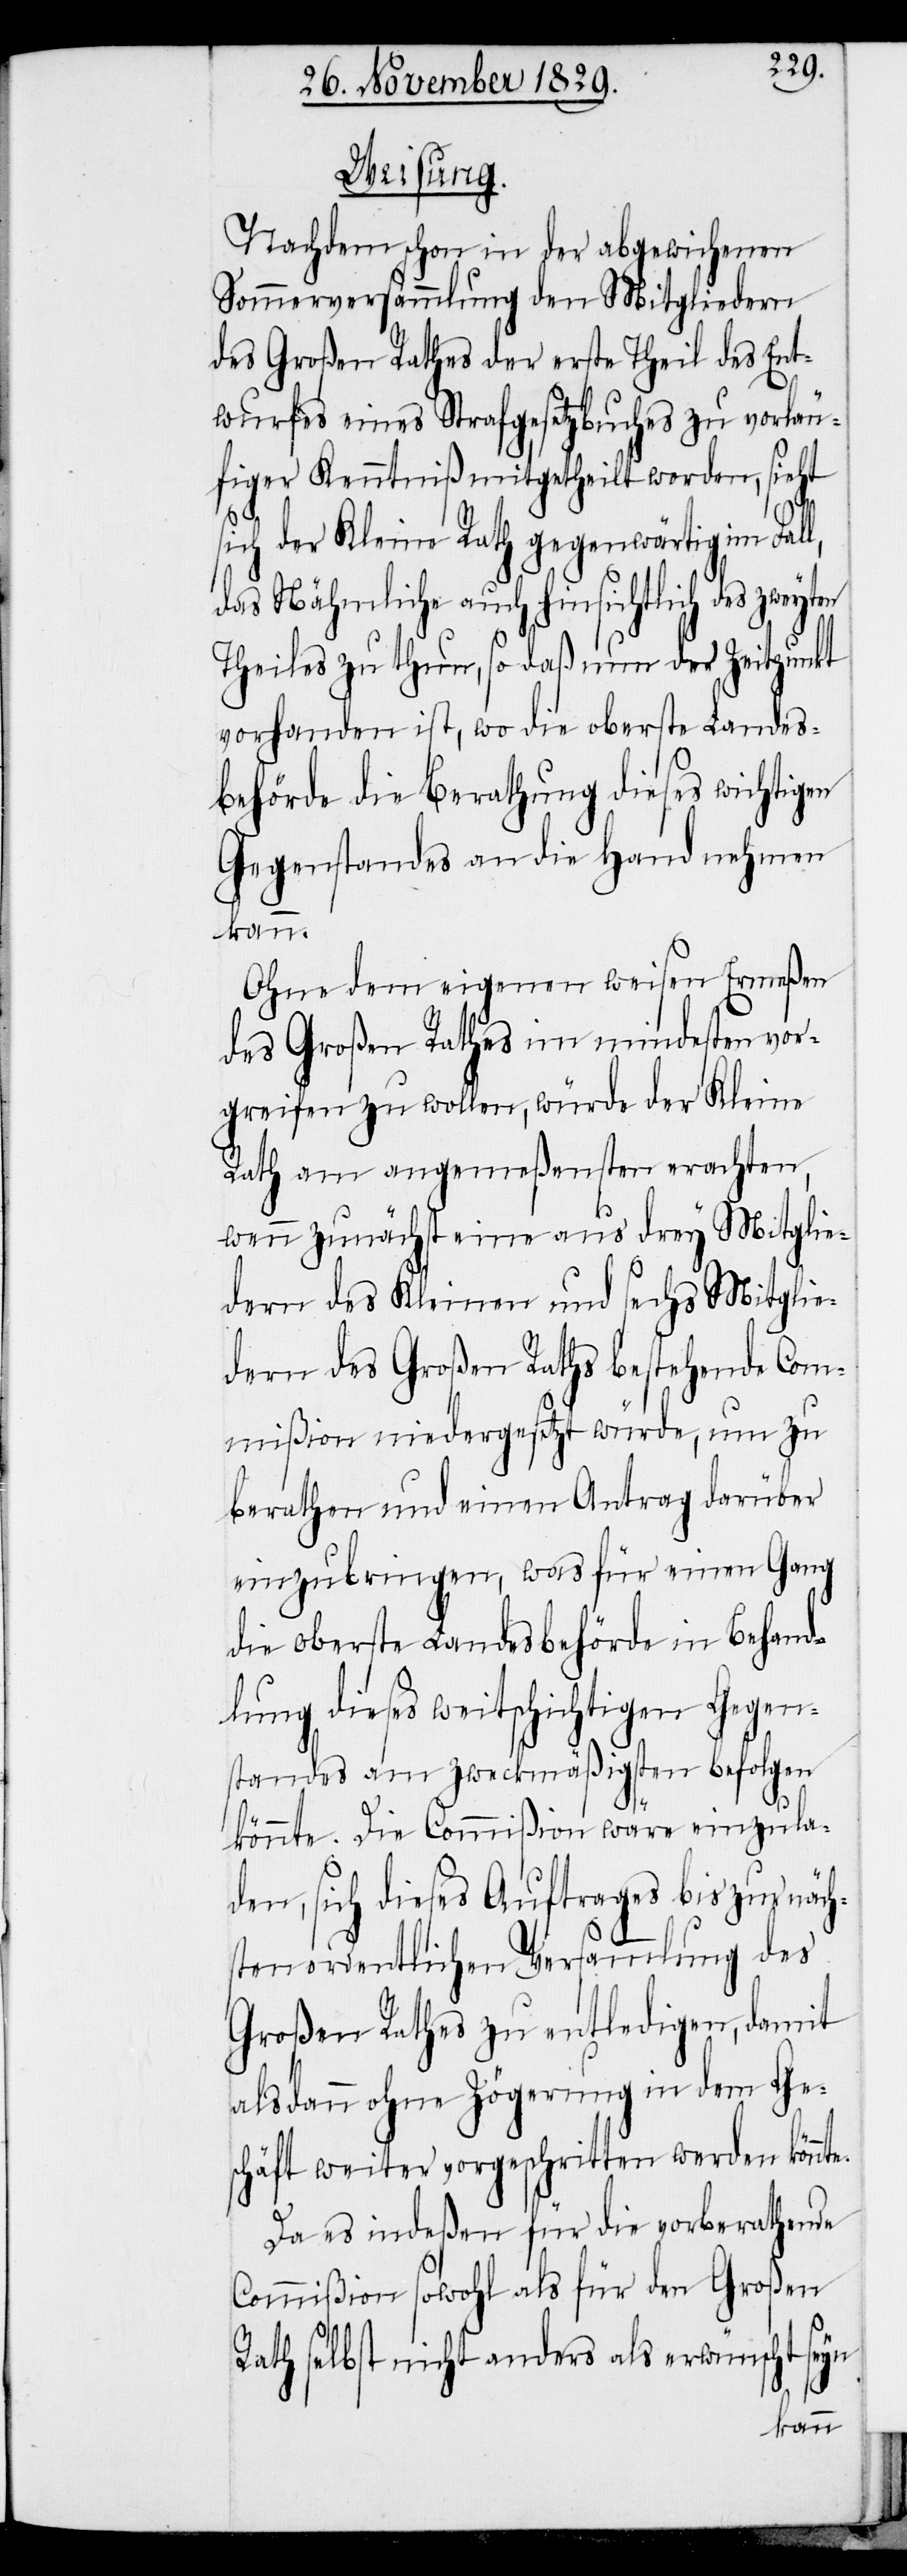
Weisung.
nachdem schon in der abgewichenen
Sommerversammlung den Mitgliedern
des Großen Rathes der erste Theil des Ent¬
wurfes eines Strafgesetzbuches zu vorläu¬
figer Kenntniß mitgetheilt worden, sieht
sich der Kleine Rath gegenwärtig im Fal¬
das Nähmliche auch hinsichtlich des zweyt¬
Theiles zu thun, so daß nun der Zeitpunkt
vorhanden ist, wo die oberste Landes¬
behörde die Berathung dieses wichtigen
Gegenstandes an die Hand nehmen
kann.
Ohne dem eigenen weisen Ermeßen
des Großen Rathes im mindesten vor¬
greifen zu wollen, würde der Kleine
Rath am angemeßensten erachten,
wenn zunächst eine aus drey Mitglie¬
dern des Kleinen und sechs Mitglie¬
dern des Großen Raths bestehende Com¬
mißion niedergesetzt würde, um zu
berathen und einen Antrag darüber
einzubringen, was für einen Gang
die oberste Landesbehörde in Behand¬
lung dieses weitschichtigen Gegen¬
standes am zweckmäßigsten befolgen
könnte. Die Commißion wäre einzula¬
den, sich dieses Auftrages bis zur näch¬
sten ordentlichen Versammlung des
Großen Rathes zu entledigen, damit
alsdann ohne Zögerung in dem Ge¬
schäft weiter vorgeschritten werden könnte.
Da es indeßen für die vorberathende
Commißion sowohl als für den Großen
Rath selbst nicht anders als erwünscht seyn
en